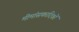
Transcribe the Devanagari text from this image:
मीमांसकादिकों